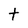
Character: t